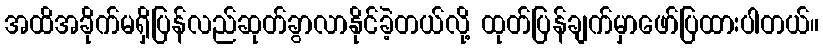
အထိအခိုက်မရှိပြန်လည်ဆုတ်ခွာလာနိုင်ခဲ့တယ်လို့ ထုတ်ပြန်ချက်မှာဖော်ပြထားပါတယ်။